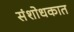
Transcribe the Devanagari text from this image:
संशोधकात